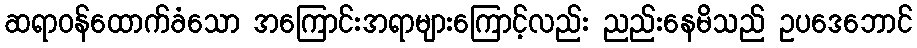
ဆရာဝန်ထောက်ခံသော အကြောင်းအရာများကြောင့်လည်း ညည်းနေမိသည် ဥပဒေဘောင်